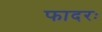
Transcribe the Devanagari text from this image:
फादरः